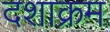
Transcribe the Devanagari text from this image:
दशाक्रम